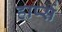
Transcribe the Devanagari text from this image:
हार्प्स